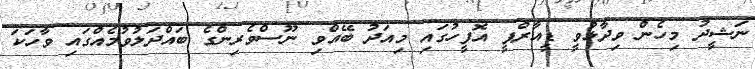
ނަޝީދު މިހެން ވިދާޅުވީ ޑީއާރްޕީ އޮފީހުގައި މިއަދު ބޭއްވި ނޫސްވެރިންގެ ބައްދަލުވުމެއްގައި ވާހަކަ